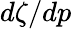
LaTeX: d\zeta/dp